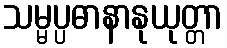
သမ္မပ္ပဓာနာနုယုတ္တာ